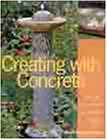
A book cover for Creating with Concrete: Yard Art, Sculpture and Garden Projects; Sherri Warner Hunter; Crafts, Hobbies & Home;